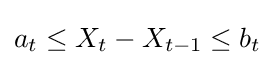
a_{t}\leq X_{t}-X_{t-1}\leq b_{t}